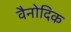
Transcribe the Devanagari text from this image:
वैनोदिक